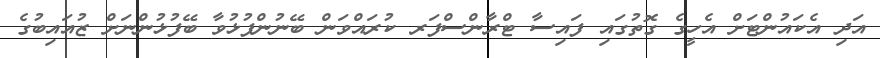
އަދި އެކައުންޓަށް އެހީގެ ގޮތުގައި ފައިސާ ޓްރާންސްފަރ ކުރައްވަން ބޭނުންފުޅުވާ ބޭފުޅުންނަށް ޒުއައިބުގެ